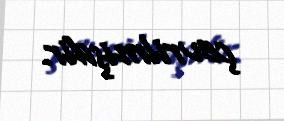
çevrilmişdir.